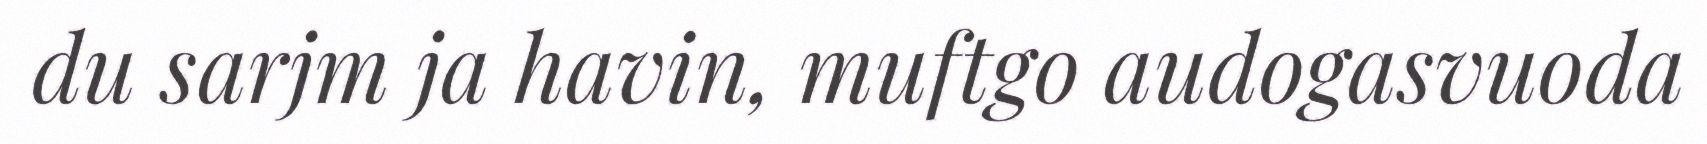
du sarjm ja havin, muftgo audogasvuoda